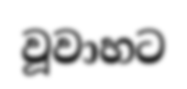
වූවාහට